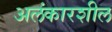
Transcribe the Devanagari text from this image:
अलंकारशील